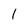
Character: 1